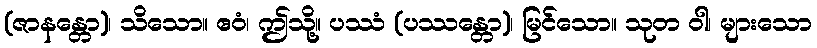
(ဇာနန္တော)၊ သိသော။ ဧဝံ၊ ဤသို့။ ပဿံ (ပဿန္တော)၊ မြင်သော။ သုတ ဝါ၊ များသော